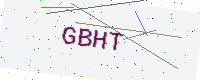
Text: GBHT